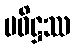
ပဝိဋ္ဌဿ